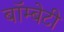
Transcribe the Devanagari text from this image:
बॉम्बेटी